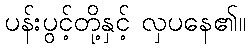
ပန်းပွင့်တို့နှင့် လှပနေ၏။